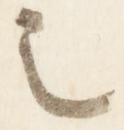
之